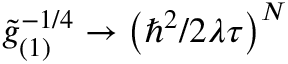
\tilde { g } _ { ( 1 ) } ^ { - 1 / 4 } \to \left( \hbar ^ { 2 } / 2 \lambda \tau \right) ^ { N }